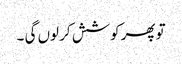
تو پھر کوشش کر لوں گی ۔